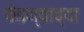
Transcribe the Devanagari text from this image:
फेडण्याच्या